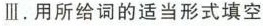
Ⅲ.用所给词的适当形式填空